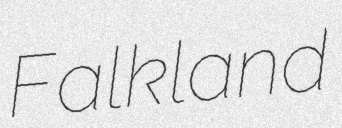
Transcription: Falkland